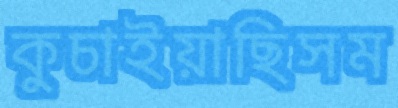
কুচাইয়াছিসম